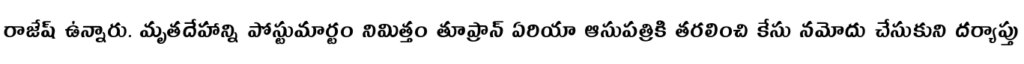
రాజేష్ ఉన్నారు. మృతదేహాన్ని పోస్టుమార్టం నిమిత్తం తూప్రాన్ ఏరియా ఆసుపత్రికి తరలించి కేసు నమోదు చేసుకుని దర్యాప్తు